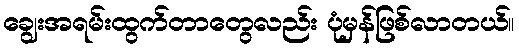
ချွေးအရမ်းထွက်တာတွေလည်း ပုံမှန်ဖြစ်လာတယ်။